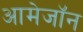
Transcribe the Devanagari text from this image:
आमेजॉन